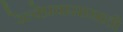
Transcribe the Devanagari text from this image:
रेल्वेप्रवासासाठी